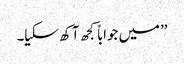
’’میں جواباً کجھ آکھ سکیا۔